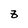
Character: 8